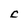
Character: C